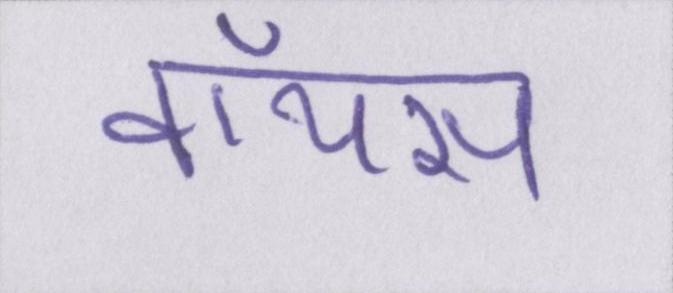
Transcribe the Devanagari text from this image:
वॉयस